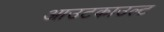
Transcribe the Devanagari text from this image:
आउटकाउल्ट